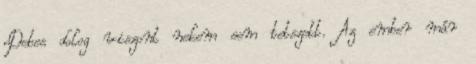
Debes dolog viszont nekem sem tetszett. Az ember már